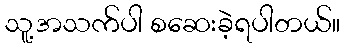
သူ့အသက်ပါ စဆေးခဲ့ရပါတယ်။